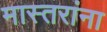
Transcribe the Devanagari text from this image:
मास्तरांना